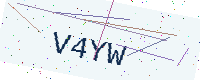
Text: V4YW